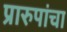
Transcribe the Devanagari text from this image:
प्रारुपांचा